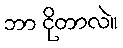
ဘာ ငိုတာလဲ။